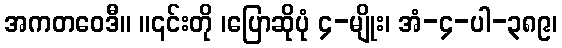
အကတဝေဒီ။ ။၎င်းတို ၊ပြောဆိုပုံ ၄-မျိုး၊ အံ-၄-ပါ-၃၈၉၊